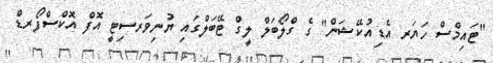
"ޓައިމްސް ހަޔަރ އެޑިއުކޭޝަން" ގެ ގްލޯބަލް ލީގް ޓޭބަލްގައި ޔުނިވަރސިޓީ އޮފް އޮކްސްފޯރޑް